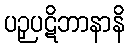
ပဉှပဋိဘာနာနိ